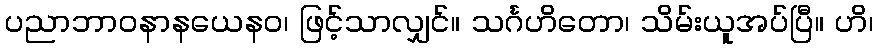
ပညာဘာဝနာနယေနဝ၊ ဖြင့်သာလျှင်။ သင်္ဂဟိတော၊ သိမ်းယူအပ်ပြီ။ ဟိ၊